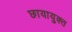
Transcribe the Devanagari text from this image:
छायायुक्‍त